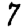
Digit: 7